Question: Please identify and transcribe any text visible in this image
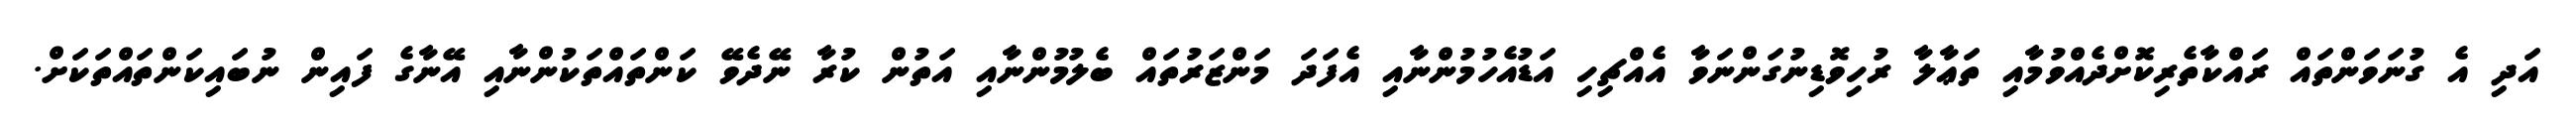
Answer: އަދި އެ ގުނަވަންތައް ރައްކާތެރިކޮށްދެއްވުމާއި ތަޢާލާ ރުހިވޮޑިނުގަންނަވާ އެއްޗިހި އަޑުއެހުމުންނާއި އެފަދަ މަންޒަރުތައް ބެލުމުންނާއި އަތުން ކުރާ ނޭދެވޭ ކަންތައްތަކުންނާއި އޭނާގެ ފައިން ނުބައިކަންތައްތަކަށް.